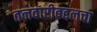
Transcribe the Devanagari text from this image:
तलवारीबद्दलचा